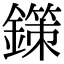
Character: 鏼